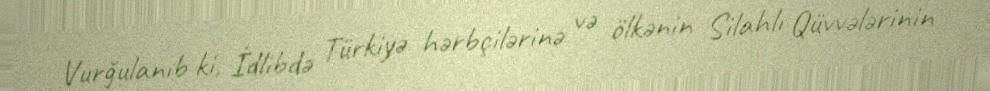
Vurğulanıb ki, İdlibdə Türkiyə hərbçilərinə və ölkənin Silahlı Qüvvələrinin